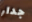
جدار